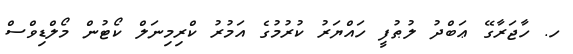
ހ. ހާޖަރާގޭ ޢަބްދު ލުޠުފީ ހައްޔަރު ކުރުމުގެ އަމުރު ކްރިމިނަލް ކޯޓުން މޯލްޑިވްސް